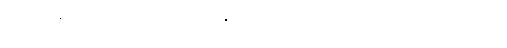
တယ်လီနောကုမ္ပဏီ ငွေပေးချေမှုပြုလုပ်နိုင်သည့် လက်ဆုတ်အာနေအောင် အဓိပ္ပါယ်များစွာ